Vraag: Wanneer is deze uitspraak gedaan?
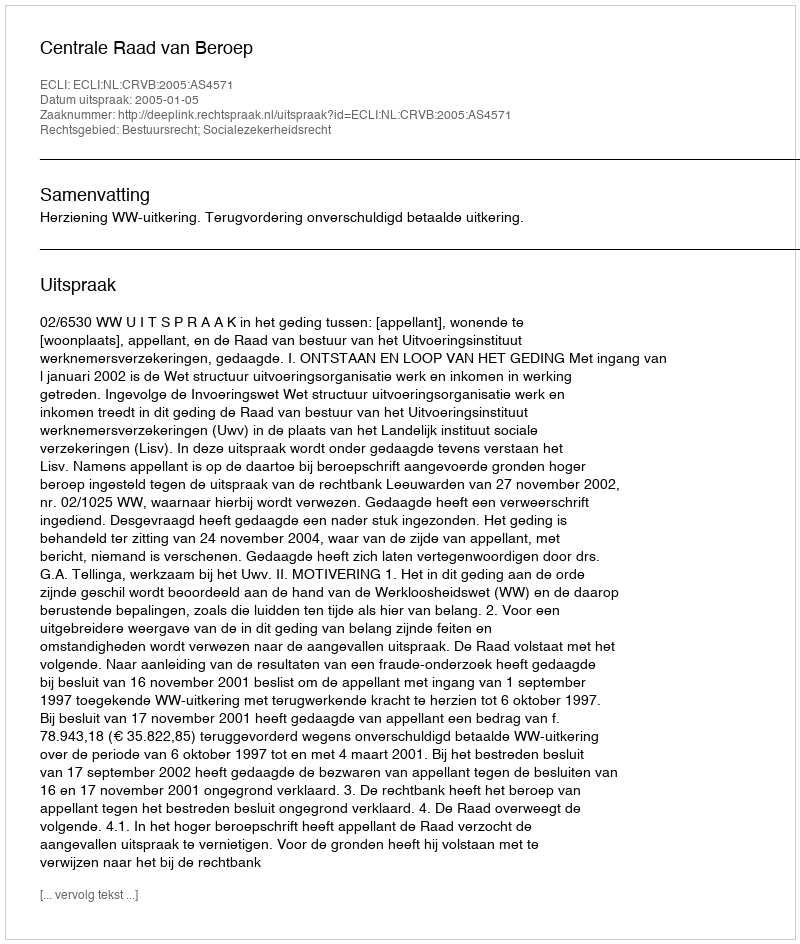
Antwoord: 2005-01-05